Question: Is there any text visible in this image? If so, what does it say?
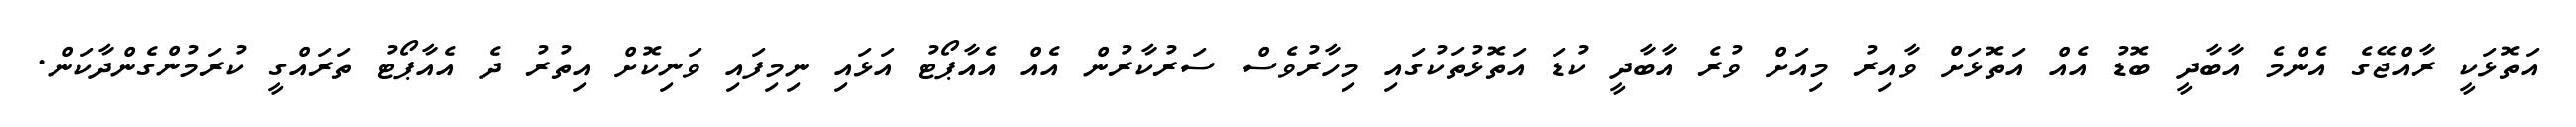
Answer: އަތޮޅަކީ ރާއްޖޭގެ އެންމެ އާބާދީ ބޮޑު އެއް އަތޮޅަށް ވާއިރު މިއަށް ވުރެ އާބާދީ ކުޑަ އަތޮޅުތަކުގައި މިހާރުވެސް ސަރުކާރުން އެއް އެއާޕޯޓު އަޅައި ނިމިފައި ވަނިކޮށް އިތުރު ދެ އެއާޕޯޓު ތަރައްގީ ކުރަމުންގެންދާކަން.